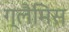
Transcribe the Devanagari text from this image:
ग्लैमिस